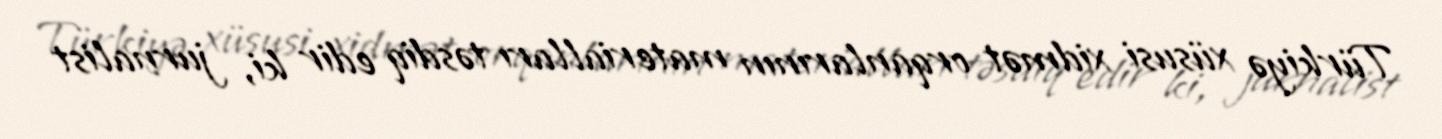
Türkiyə xüsusi xidmət orqanlarının materialları təsdiq edir ki, jurnalist